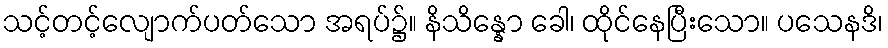
သင့်တင့်လျောက်ပတ်သော အရပ်၌။ နိသိန္နော ခေါ၊ ထိုင်နေပြီးသော။ ပသေနဒိ၊